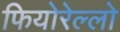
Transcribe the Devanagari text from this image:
फियोरेल्‍लो